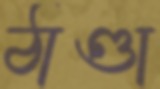
ঠাণ্ডা